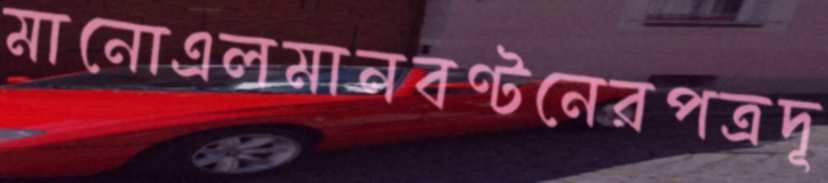
মানোএলমানবণ্টনেরপত্রদূ